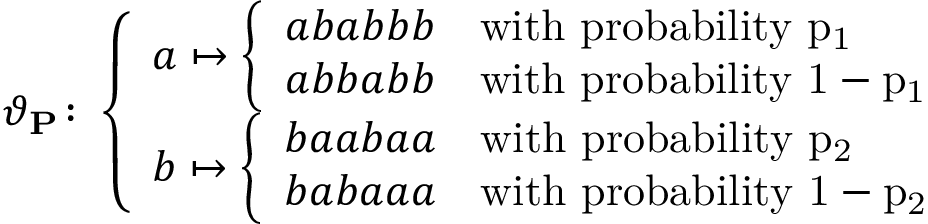
\vartheta _ { \mathbf { P } } \colon \left\{ \begin{array} { l l } { a \mapsto \left\{ \begin{array} { l l } { a b a b b b } & { \mathrm { w i t h ~ p r o b a b i l i t y ~ p _ 1 ~ } } \\ { a b b a b b } & { \mathrm { w i t h ~ p r o b a b i l i t y ~ 1 - p _ 1 ~ } } \end{array} \right. } \\ { b \mapsto \left\{ \begin{array} { l l } { b a a b a a } & { \mathrm { w i t h ~ p r o b a b i l i t y ~ p _ 2 ~ } } \\ { b a b a a a } & { \mathrm { w i t h ~ p r o b a b i l i t y ~ 1 - p _ 2 ~ } } \end{array} \right. } \end{array} \right.